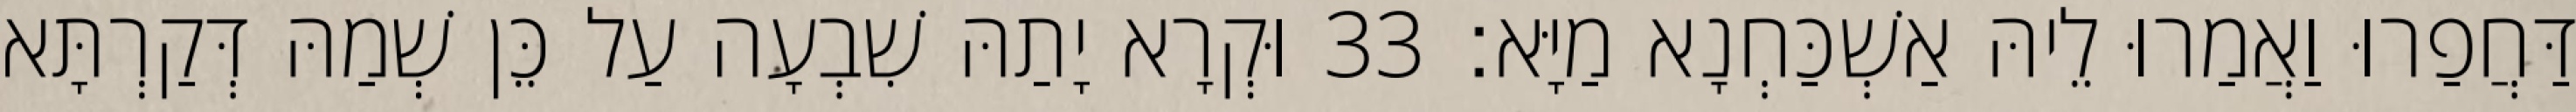
דַּחֲפַרוּ וַאֲמַרוּ לֵיהּ אַשְׁכַּחְנָא מַיָּא׃ 33 וּקְרָא יָתַהּ שִׁבְעָה עַל כֵּן שְׁמַהּ דְּקַרְתָּא